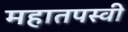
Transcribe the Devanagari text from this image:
महातपस्वी